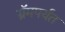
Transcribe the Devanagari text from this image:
ग्रॅमपर्यंत